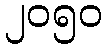
၂၀၅၀